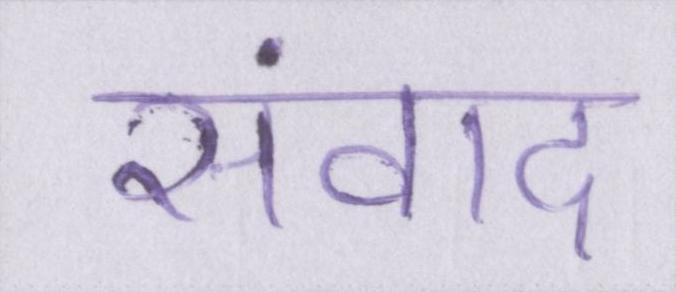
संवाद